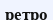
ретро